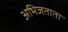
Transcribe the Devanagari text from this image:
अभिजताता